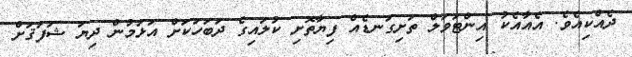
ދެއްކިއެވެ. އެއާއެކު އިންޓަވަލް ތަށިގަނޑެއް ފިޔާތޮށި ކުލައިގެ ދަބަހަކަށް އަޅަމުން ދިޔަ ޝަފަޤަށް